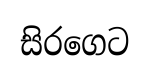
සිරගෙට